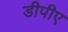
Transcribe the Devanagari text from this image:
डीपीए